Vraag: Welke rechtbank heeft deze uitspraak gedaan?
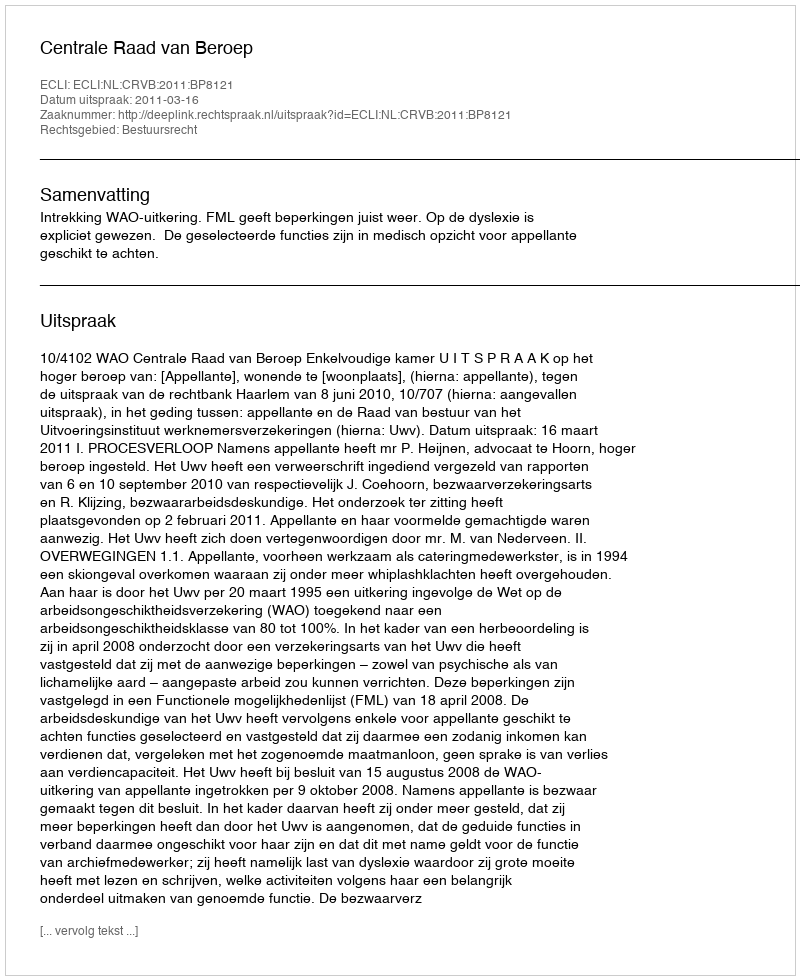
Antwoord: Centrale Raad van Beroep